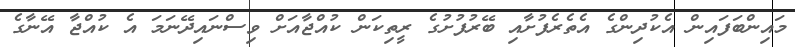
މައިންބަފައިން އެކުދިންގެ އެތެރެފުށާއި ބޭރުފުށުގެ ރީތިކަން ކުއްޖާއަށް ވިސްނައިދޭނަމަ އެ ކުއްޖާ އޭނާގެ